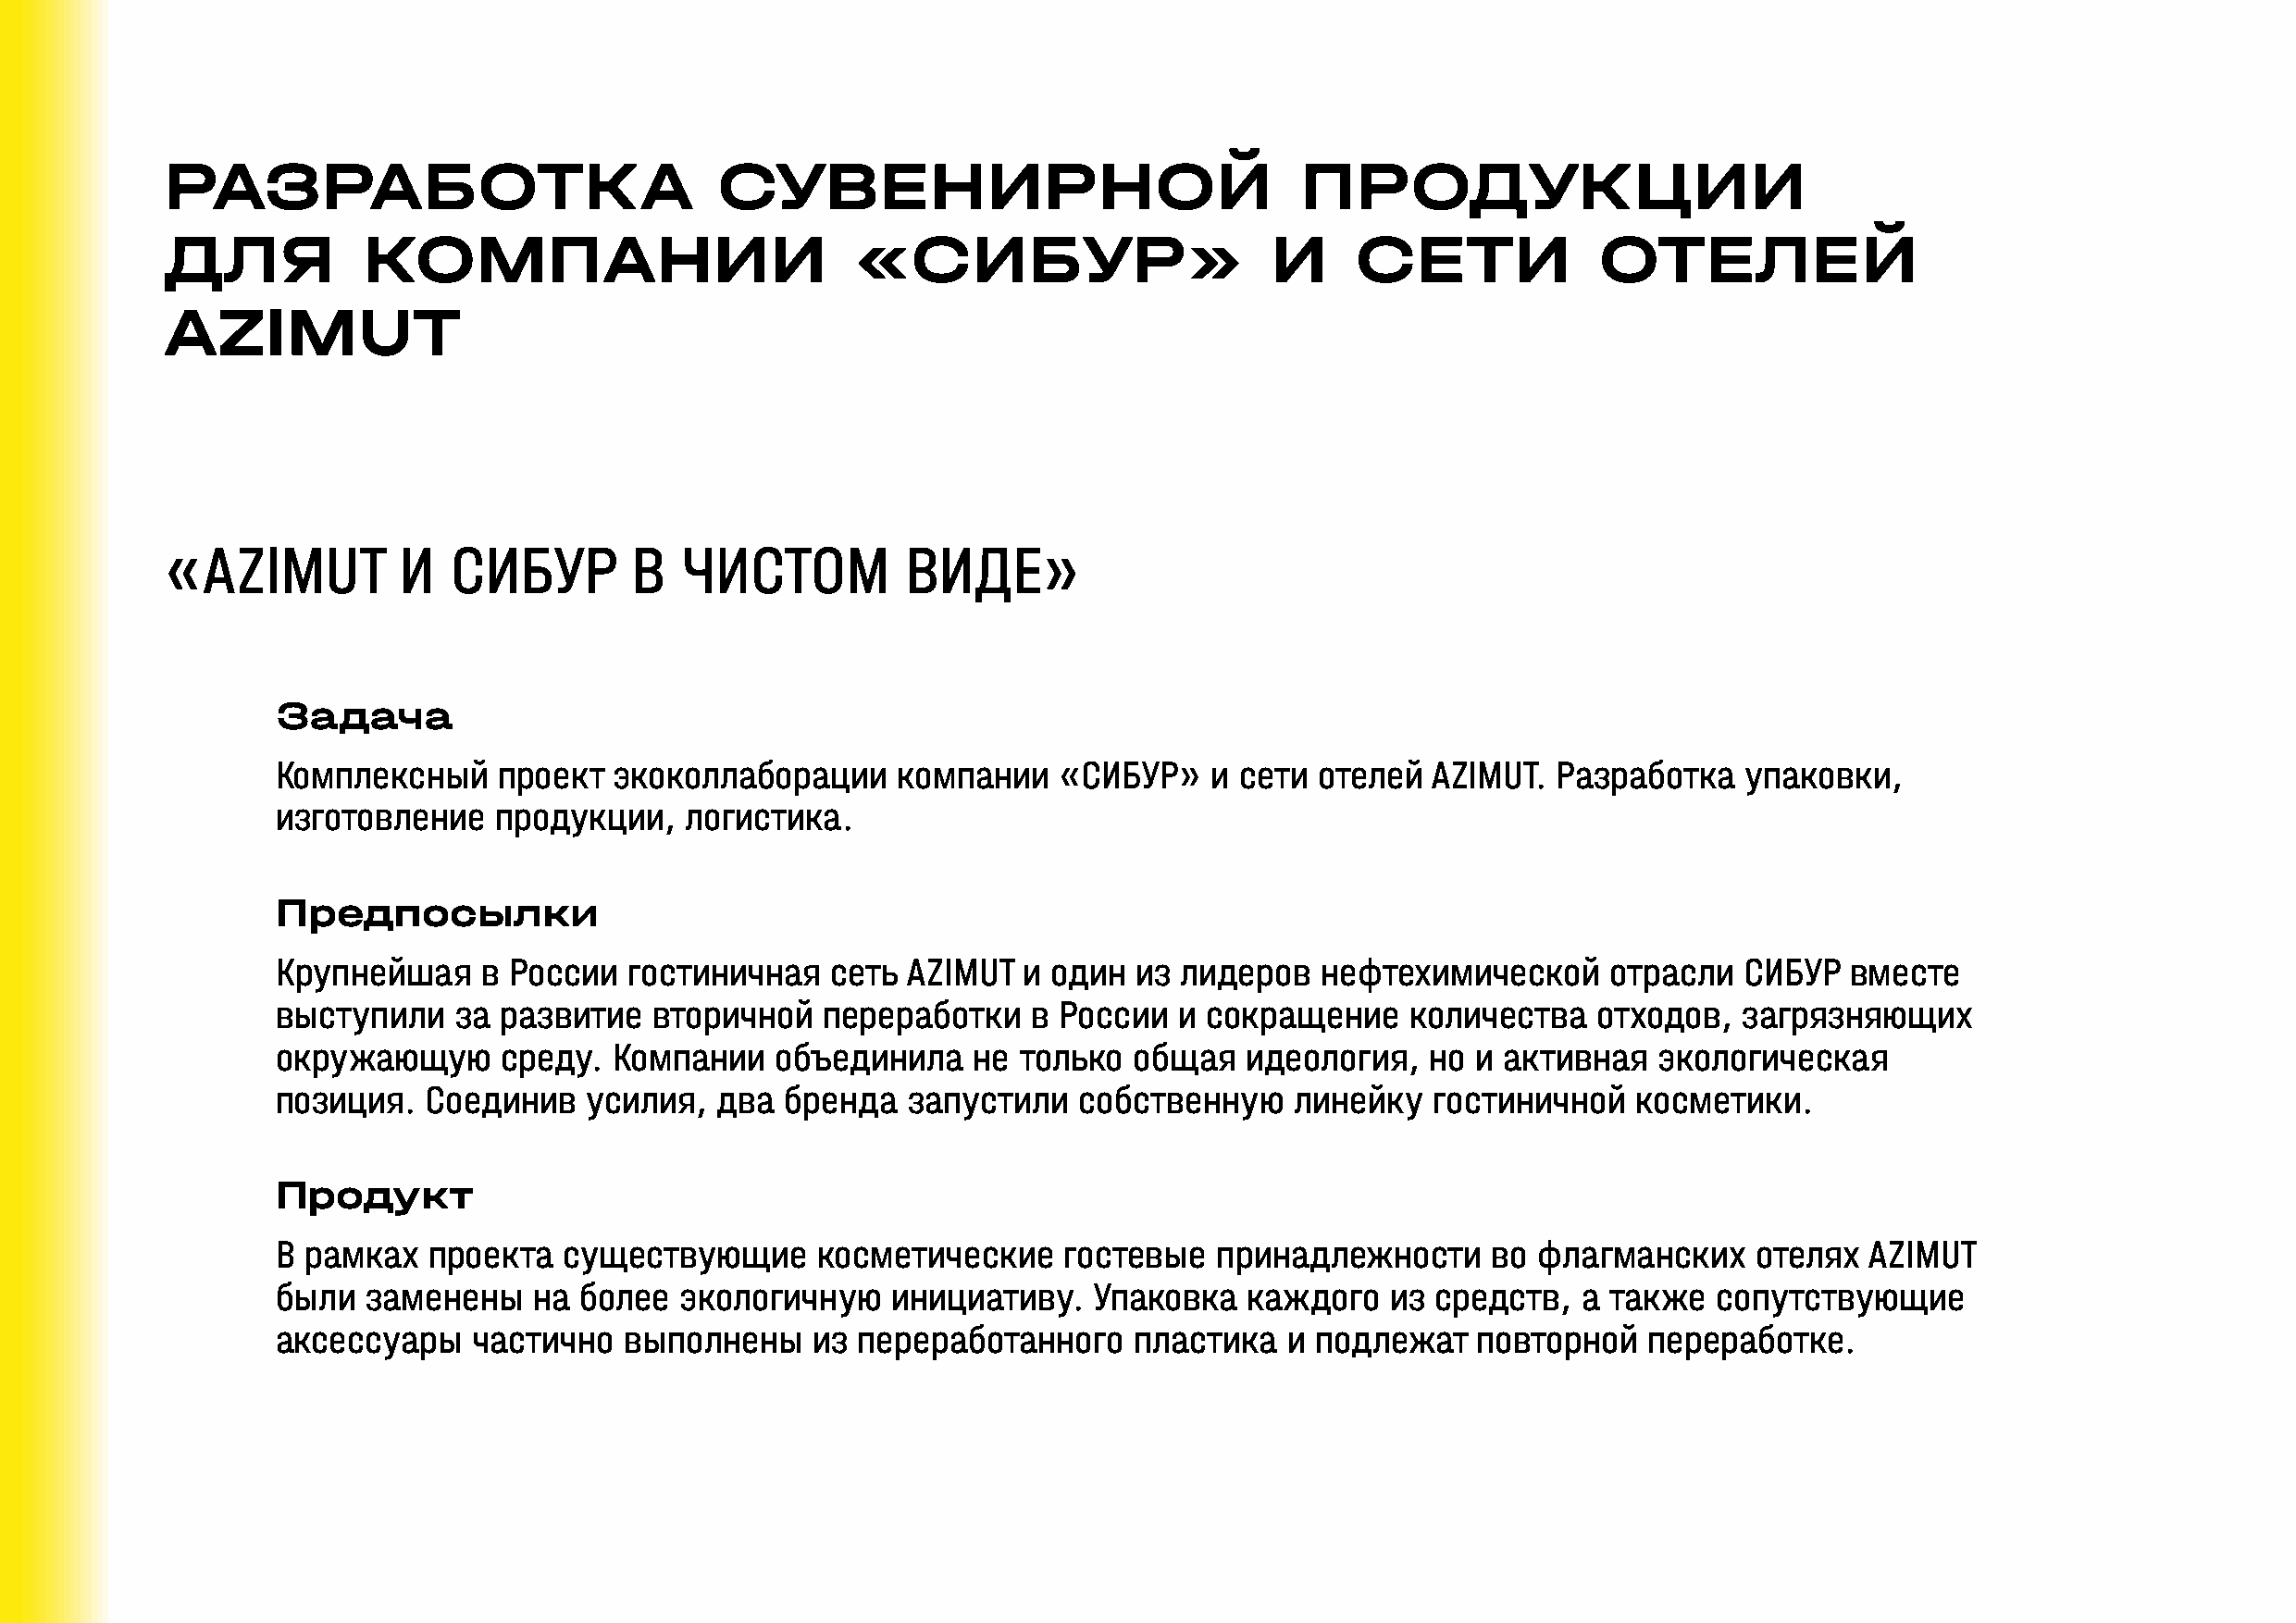
РАЗРАБОТКА                             СУВЕНИРНОЙ                                ПРОДУКЦИИ
 ДЛЯ           КОМПАНИИ                           «СИБУР»                       И     СЕТИ             ОТЕЛЕЙ
 AZIMUT
 «AZIMUT          И  СИБУР        В   ЧИСТОМ          ВИДЕ»
 Задача
 Комплексный     проект  экоколлаборации     компании    «СИБУР»    и сети отелей  AZIMUT.  Разработка    упаковки,
 изготовление   продукции,    логистика.
 Предпосылки
 Крупнейшая    в России   гостиничная   сеть  AZIMUT  и один  из лидеров   нефтехимической      отрасли   СИБУР  вместе
 выступили    за развитие   вторичной   переработки    в России  и сокращение     количества   отходов,   загрязняющих
 окружающую      среду.  Компании   объединила     не только  общая   идеология,   но  и активная   экологическая
 позиция.  Соединив    усилия,  два  бренда   запустили   собственную     линейку   гостиничной   косметики.
 Продукт
 В рамках   проекта  существующие      косметические     гостевые   принадлежности      во флагманских     отелях  AZIMUT
 были  заменены    на более   экологичную    инициативу.   Упаковка   каждого   из  средств,  а также   сопутствующие
 аксессуары    частично   выполнены    из переработанного     пластика   и подлежат    повторной   переработке.